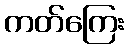
ကတ်ကြေး